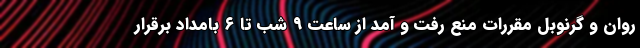
روان و گرنوبل مقررات منع رفت و آمد از ساعت ۹ شب تا ۶ بامداد برقرار